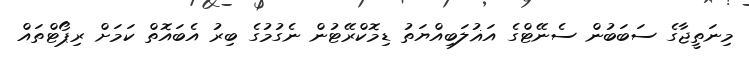
މިނަތީޖާގެ ސަބަބުން ސެނޭޓްގެ އަޣުލަބިއްޔަތު ޑިމޮކްރޭޓުން ނެގުމުގެ ބިރު އެބައޮތް ކަމަށް ރިޕޯޓްތައް